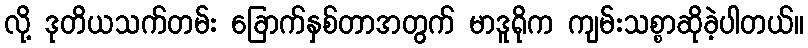
လို့ ဒုတိယသက်တမ်း ခြောက်နှစ်တာအတွက် မာဒူရိုက ကျမ်းသစ္စာဆိုခဲ့ပါတယ်။